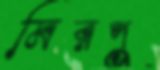
মিরপু